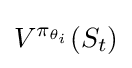
V^{\pi _{\theta _{i}}}(S_{t})